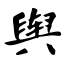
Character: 舆